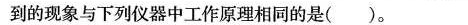
到的现象与下列仪器中工作原理相同的是()。